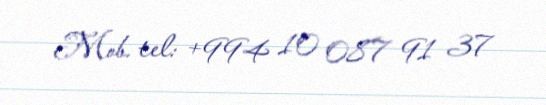
Mob. tel: +994 10 087 91 37